Civil Veterinary Department Bihar reports 1940-50 - 1940-1950
Year: 1940
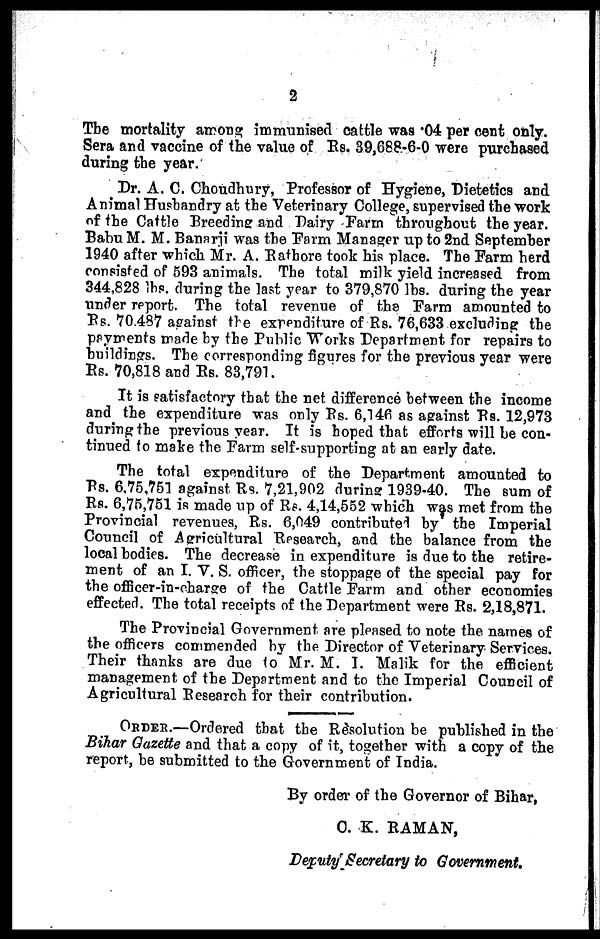
2
The mortality among immunised cattle was 04 per cent only.
Sera and vaccine of the value of Rs. 39,688-6-0 were purchased
during the year.
Dr. A. C. Choudhury, Professor of Hygiene, Dietetics and
Animal Husbandry at the Veterinary College, supervised the work
of the Cattle Breeding and Dairy Farm throughout the year.
Babu M. M. Banarji was the Farm Manager up to 2nd September
1940 after which Mr. A. Rathore took his place. The Farm herd
consisted of 593 animals. The total milk yield increased from
344,828 lbs. during the last year to 379,870 lbs. during the year
under report. The total revenue of the Farm amounted to
Rs. 70.487 against the expenditure of Rs. 76,633 excluding the
payments made by the Public Works Department for repairs to
buildings. The corresponding figures for the previous year were
Rs. 70,818 and Rs. 83,791.
It is satisfactory that the net difference between the income
and the expenditure was only Rs. 6,146 as against Rs. 12,973
during the previous year. It is hoped that efforts will be con-
tinued to make the Farm self-supporting at an early date.
The total expenditure of the Department amounted to
Rs. 6,75,751 against. Rs. 7,21,902 during 1939-40. The sum of
Rs. 6,75,751 is made up of Rs. 4,14,552 which was met from the
Provincial revenues, Rs. 6,049 contributed by the Imperial
Council of Agricultural Research, and the balance from the
local bodies. The decrease in expenditure is due to the retire-
ment of an I. V. S. officer, the stoppage of the special pay for
the officer-in-charge of the Cattle Farm and other economies
effected. The total receipts of the Department were Rs. 2,18,871.
The Provincial Government are pleased to note the names of
the officers commended by the Director of Veterinary Services.
Their thanks are due to Mr. M. 1. Malik for the efficient
management of the Department and to the Imperial Council of
Agricultural Research for their contribution.
ORDER—Ordered that the Resolution be published in the
Bihar Gazette and that a copy of it, together with a copy of the
report, be submitted to the Government of India.
By order of the Governor of Bihar,
C. K. RAMAN,
Deputy'Secretary to Government.